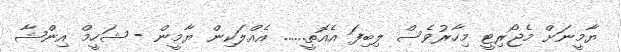
ޔާމީނަށް މެޖޯރިޓީ މިހާރުވެސް ލިބިފަ އެއޮތީ...... އެއްލަކިން ޔާމީން - ޝަހީމް އިންޝާ